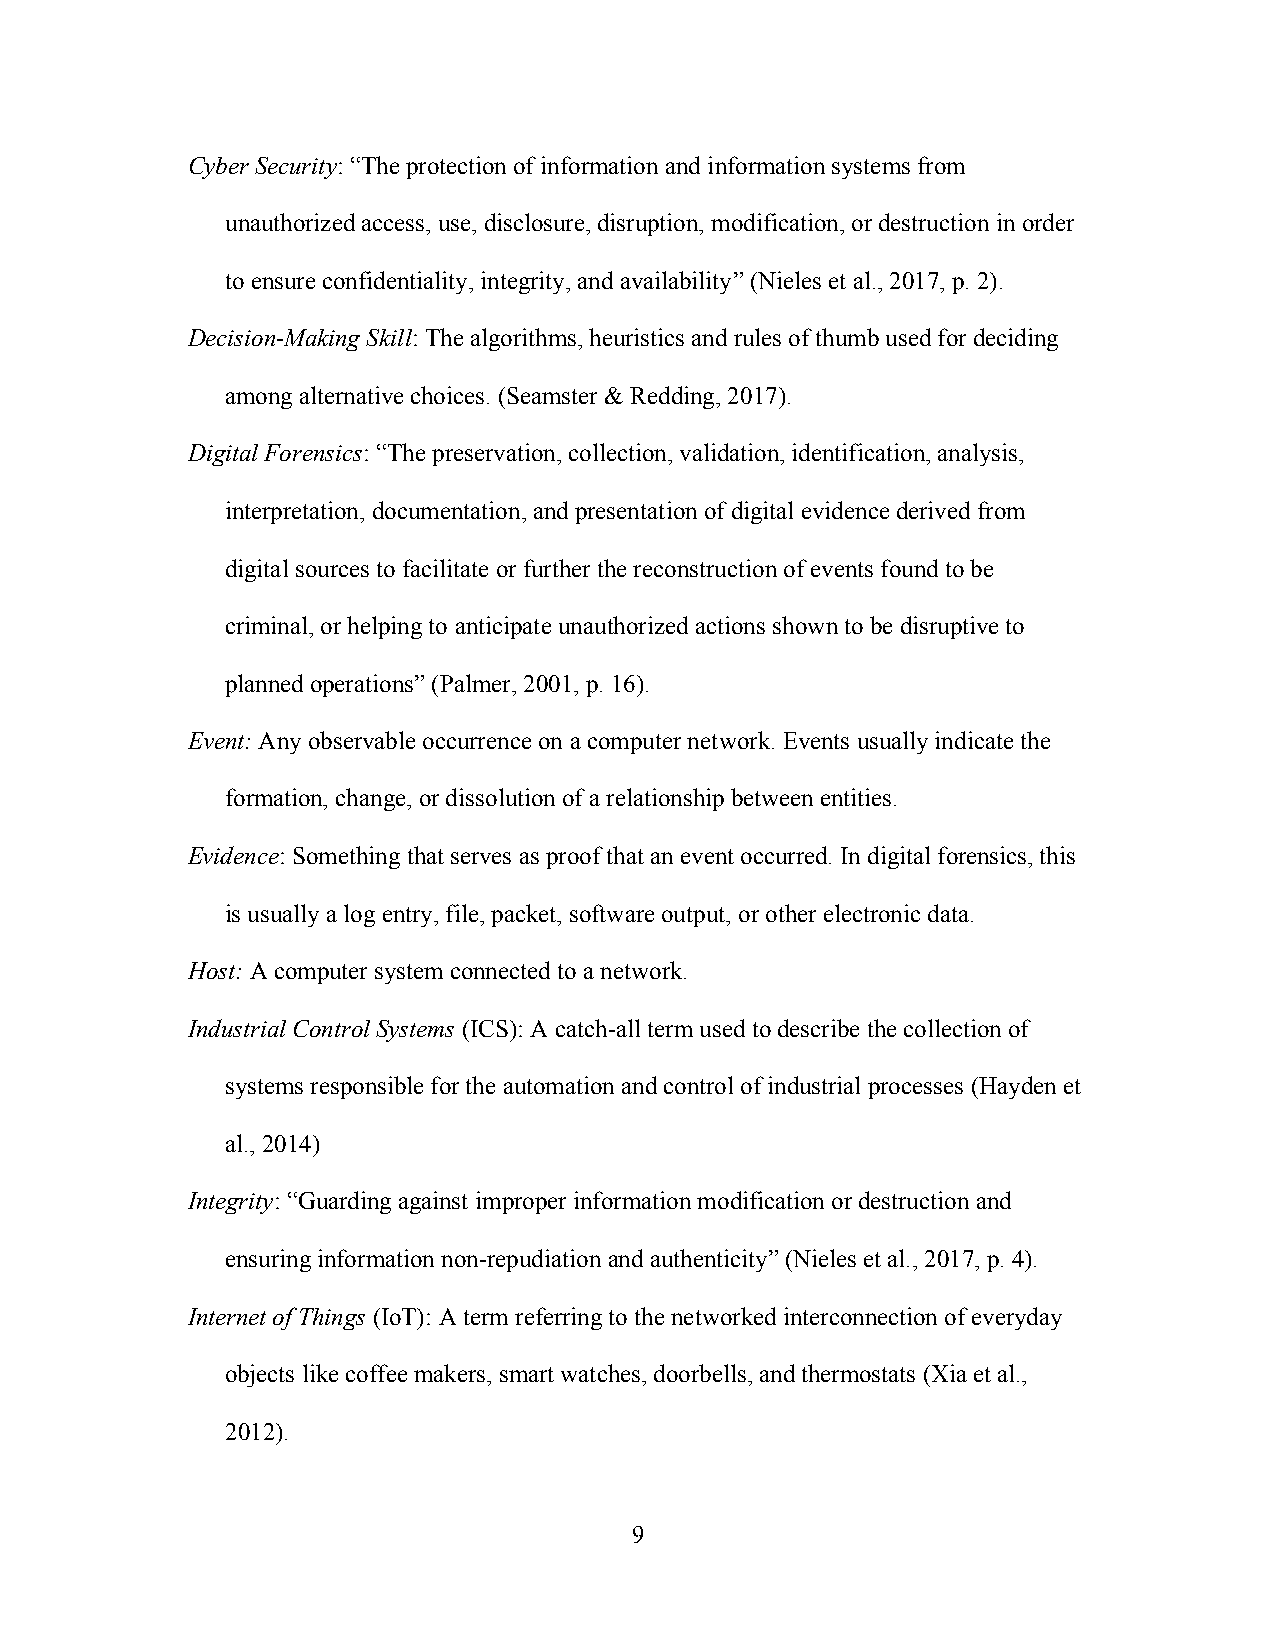
Cyber Security: “The protection of information and information systems from
 unauthorized access, use, disclosure, disruption, modification, or destruction in order
 to ensure confidentiality, integrity, and availability” (Nieles et al., 2017, p. 2).
 Decision-Making Skill: The algorithms, heuristics and rules of thumb used for deciding
 among alternative choices. (Seamster & Redding, 2017).
 Digital Forensics: “The preservation, collection, validation, identification, analysis,
 interpretation, documentation, and presentation of digital evidence derived from
 digital sources to facilitate or further the reconstruction of events found to be
 criminal, or helping to anticipate unauthorized actions shown to be disruptive to
 planned operations” (Palmer, 2001, p. 16).
 Event: Any observable occurrence on a computer network. Events usually indicate the
 formation, change, or dissolution of a relationship between entities.
 Evidence: Something that serves as proof that an event occurred. In digital forensics, this
 is usually a log entry, file, packet, software output, or other electronic data.
 Host: A computer system connected to a network.
 Industrial Control Systems (ICS): A catch-all term used to describe the collection of
 systems responsible for the automation and control of industrial processes (Hayden et
 al., 2014)
 Integrity: “Guarding against improper information modification or destruction and
 ensuring information non-repudiation and authenticity” (Nieles et al., 2017, p. 4).
 Internet of Things (IoT): A term referring to the networked interconnection of everyday
 objects like coffee makers, smart watches, doorbells, and thermostats (Xia et al.,
 2012).
 9